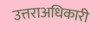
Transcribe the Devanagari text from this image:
उत्तराअधिकारी